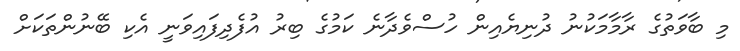
މި ބާވަތުގެ ރާމާމަކުނު ދުނިޔެއިން ހުސްވެދާނެ ކަމުގެ ބިރު އުފެދިފައިވަނީ އެކި ބޭނުންތަކަށް